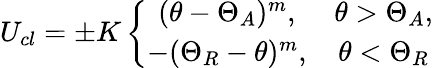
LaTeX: U_{cl}=\pm K\left\{ \begin{array}{cc}{(\theta-\Theta_{A})^{m},}&{\theta>\Theta_{A},}\\ {-(\Theta_{R}-\theta)^{m},}&{\theta<\Theta_{R}}\end{array}\right.